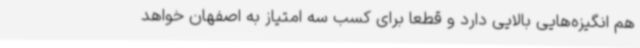
هم انگیزه‌هایی بالایی دارد و قطعا برای کسب سه امتیاز به اصفهان خواهد